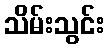
သိမ်းသွင်း